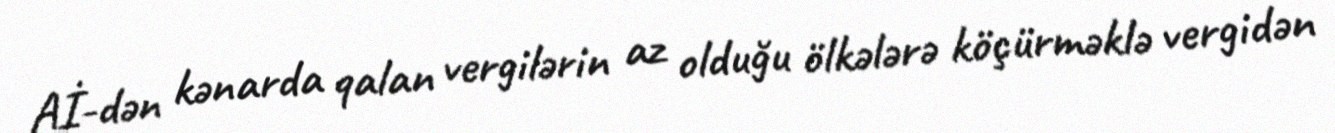
Aİ-dən kənarda qalan vergilərin az olduğu ölkələrə köçürməklə vergidən